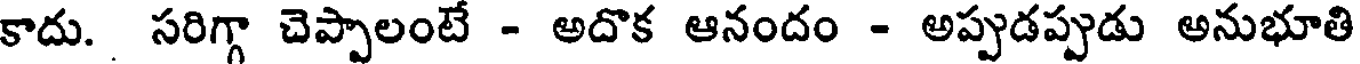
కాదు. సరిగ్గా చెప్పాలంటే - అదొక ఆనందం - అప్పుడప్పుడు అనుభూతి